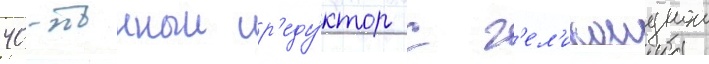
40-тонныи р'еду́ктор с г'ел'икоиднои